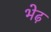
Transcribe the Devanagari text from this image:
भेढ़